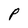
Character: P